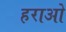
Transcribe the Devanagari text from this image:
हराओ